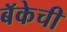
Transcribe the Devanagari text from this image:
बॅकेची